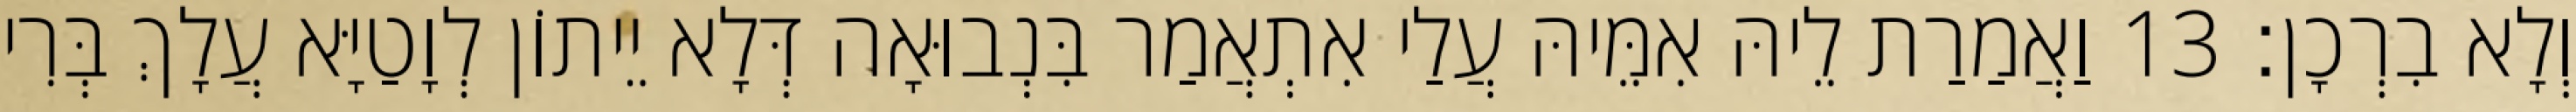
וְלָא בִרְכָן׃ 13 וַאֲמַרַת לֵיהּ אִמֵּיהּ עֲלַי אִתְאֲמַר בִּנְבוּאָה דְּלָא יֵיתוֹן לְוָטַיָּא עֲלָךְ בְּרִי